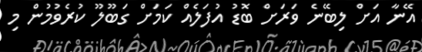
އޭނާ އަށް ލިބޭނެ ވަރަށް ބޮޑު އުފަލެއް ކަމަށް ގަބޫލޫ ކުރެވުމުން މި